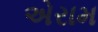
એરામ